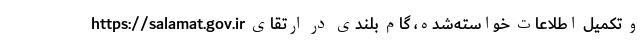
https://salamat.gov.ir و تکمیل اطلاعات خواسته‌شده، گام بلندی در ارتقای